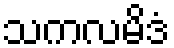
သကလမိဒံ